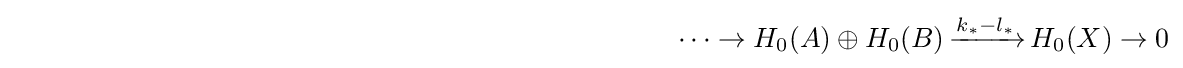
\qquad \qquad \qquad \qquad \qquad \qquad \qquad \qquad \qquad \qquad \qquad \qquad \cdots \to H_{0}(A)\oplus H_{0}(B)\,{\xrightarrow {k_{*}-l_{*}}}\,H_{0}(X)\to 0